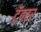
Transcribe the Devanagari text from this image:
ट्रॅक्‍टर